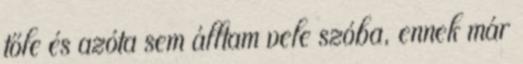
tőle és azóta sem álltam vele szóba, ennek már